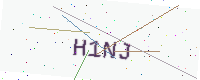
Text: H1NJ